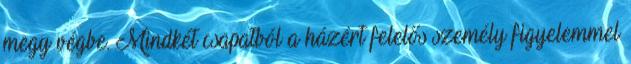
megy végbe. Mindkét csapatból a házért felelős személy figyelemmel